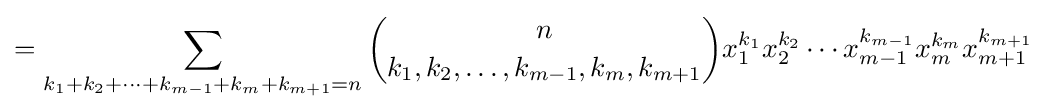
=\sum _{k_{1}+k_{2}+\cdots +k_{m-1}+k_{m}+k_{m+1}=n}{n \choose k_{1},k_{2},\ldots ,k_{m-1},k_{m},k_{m+1}}x_{1}^{k_{1}}x_{2}^{k_{2}}\cdots x_{m-1}^{k_{m-1}}x_{m}^{k_{m}}x_{m+1}^{k_{m+1}}